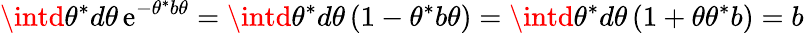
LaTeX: \intd\theta^{*}d\theta\, \mathrm{e}^{-\theta^{*}b\theta}=\intd\theta^{*}d\theta\, (1-\theta^{*}b\theta)=\intd\theta^{*}d\theta\, (1+\theta\theta^{*}b)=b